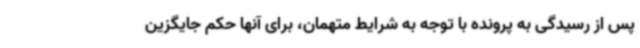
پس از رسیدگی به پرونده با توجه به شرایط متهمان، برای آنها حکم جایگزین